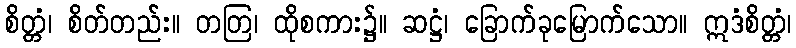
စိတ္တံ၊ စိတ်တည်း။ တတြ၊ ထိုစကား၌။ ဆဋ္ဌံ၊ ခြောက်ခုမြောက်သော။ ဣဒံစိတ္တံ၊